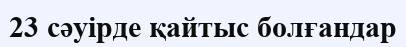
23 сәуірде қайтыс болғандар